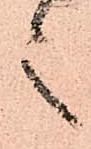
言